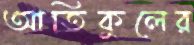
আতিকুলের